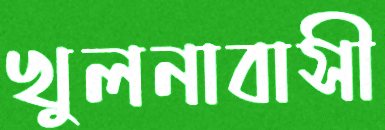
খুলনাবাসী